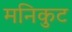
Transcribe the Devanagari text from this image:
मनिकुट